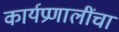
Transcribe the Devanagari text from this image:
कार्यप्रणालींचा